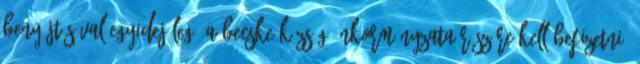
benyújtásával egyidejűleg, a Becske Község Önkormányzata részére kell befizetni.